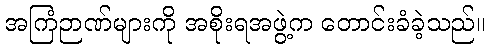
အကြံဉာဏ်များကို အစိုးရအဖွဲ့က တောင်းခံခဲ့သည်။